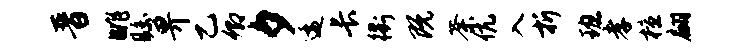
晋眺瞩畀乙卿夕逶长衢既荼伉入折班孝檀翩